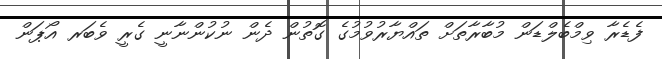
ފެޑެރާ ވިމްބެލްޑަން މުބާރާތަށް ތައްޔާރުވުމުގެ ގޮތުން ދެން ނުކުންނާނީ ގެރީ ވެބަރ އޯޕަން